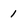
Character: 1